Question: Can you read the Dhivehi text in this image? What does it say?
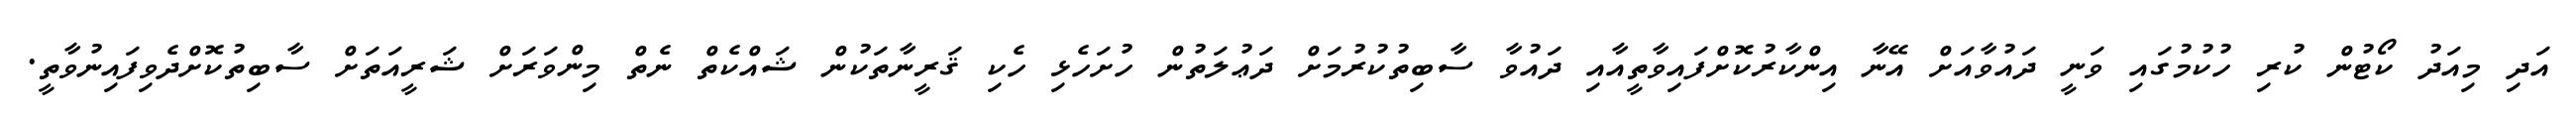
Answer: އަދި މިއަދު ކޯޓުން ކުރި ހުކުމުގައި ވަނީ ދައުވާއަށް އޭނާ އިންކާރުކޮށްފައިވާތީއާއި ދައުވާ ސާބިތުކުރުމަށް ދަޢުލަތުން ހުށަހެޅި ހެކި ޤަރީނާތަކުން ޝައްކެތް ނެތް މިންވަރަށް ޝަރީއަތަށް ސާބިތުކޮށްދެވިފައިނުވާތީ.